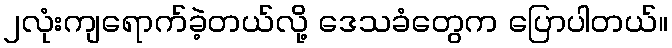
၂လုံးကျရောက်ခဲ့တယ်လို့ ဒေသခံတွေက ပြောပါတယ်။